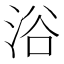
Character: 浴